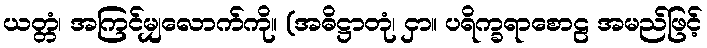
ယတ္တံ၊ အကြင်မျှလောက်ကို။ (အဓိဋ္ဌာတုံ၊ ငှာ။ ပရိက္ခရာစောဠ အမည်ဖြင့်